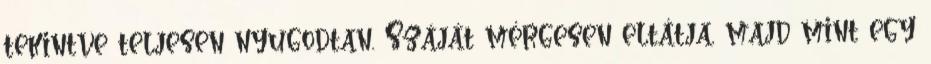
tekintve teljesen nyugodtan. Száját mérgesen eltátja, majd mint egy